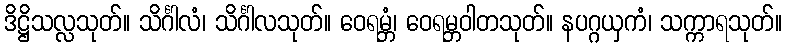
ဒိဋ္ဌိသလ္လသုတ်။ သိင်္ဂါလံ၊ သိင်္ဂါလသုတ်။ ဝေရမ္ဘံ၊ ဝေရမ္ဘဝါတသုတ်။ နပဂ္ဂယှကံ၊ သက္ကာရသုတ်။